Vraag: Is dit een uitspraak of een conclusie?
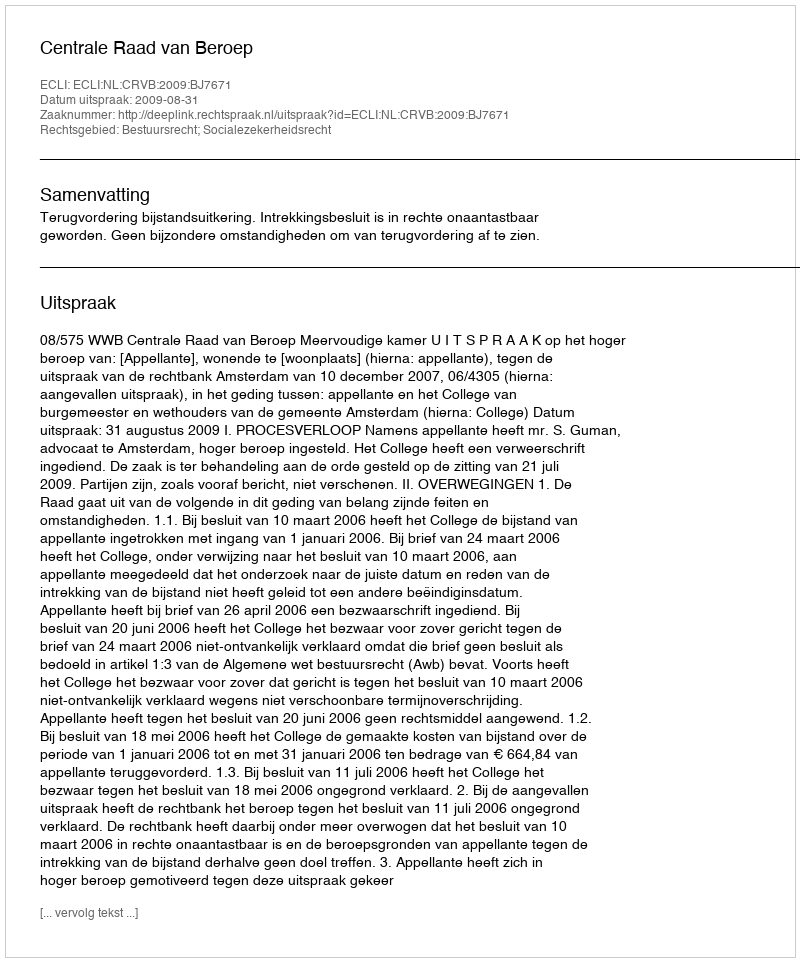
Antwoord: Uitspraak